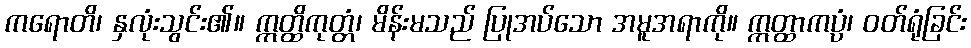
ကရောတိ၊ နှလုံးသွင်း၏။ ဣတ္ထိကုတ္တံ၊ မိန်းမသည် ပြုအပ်သော အမူအရာကို။ ဣတ္ထာကပ္ပံ၊ ဝတ်ရုံခြင်း